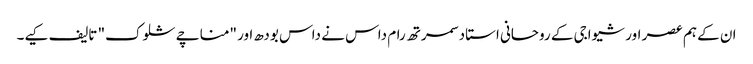
ان کے ہم عصر اور شیواجی کے روحانی استاد سمرتھ رام داس نے داس بودھ اور "مناچے شلوک" تالیف کیے۔